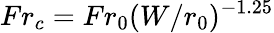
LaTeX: Fr_{c}=Fr_{0}(W/r_{0})^{-1.25}